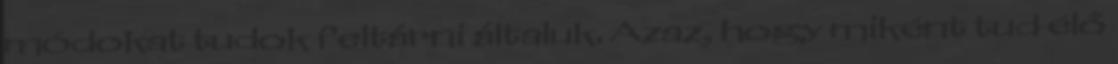
módokat tudok feltárni általuk. Azaz, hogy miként tud élő